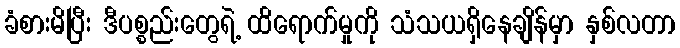
ခံစားမိပြီး ဒီပစ္စည်းတွေရဲ့ ထိရောက်မှုကို သံသယရှိနေချိန်မှာ နှစ်လတာ